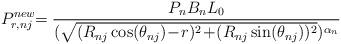
LaTeX: \begin{align*}P_{r,nj}^{new} \!\!=\frac{P_nB_nL_0}{(\sqrt{(R_{nj}\cos(\theta_{nj})\!-\!r)^2\!+\!(R_{nj}\sin(\theta_{nj}))^2})^{\alpha_n}}\end{align*}